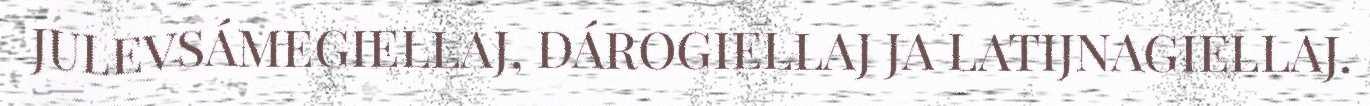
JULEVSÁMEGIELLAJ, DÁROGIELLAJ JA LATIJNAGIELLAJ.